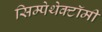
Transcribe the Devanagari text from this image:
सिम्पेथेक्टॉमी